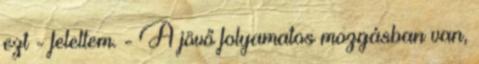
ezt - feleltem. - A jövő folyamatos mozgásban van,